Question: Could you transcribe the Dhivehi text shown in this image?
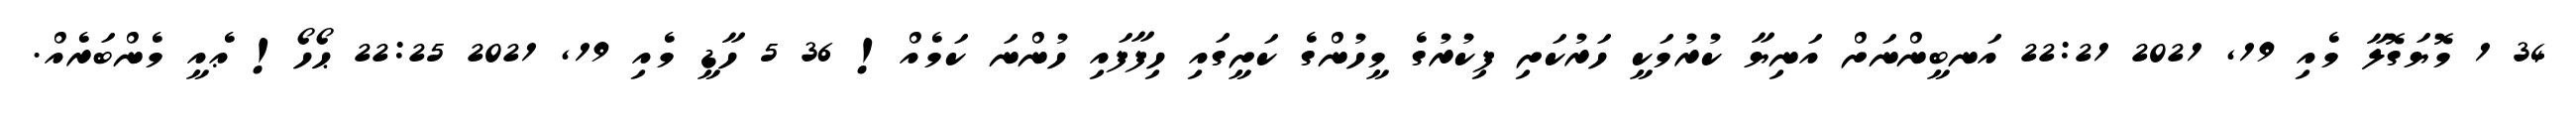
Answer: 34 1 މޮޔަގޮލާ މެއި 19, 2021 22:21 އަނބީންނަށް އަނިޔާ ކުރުމަކީ ހަރުކަށި ފިކުރުގެ މީހުންގެ ކަށީގައި ހިފާފައި ހުންނަ ކަމެއް! 36 5 ހާޑީ މެއި 19, 2021 22:25 ޙޯހޯ! ޢެއީ މެންބަރެއް.